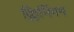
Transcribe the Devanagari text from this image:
क्लिनिंगग